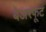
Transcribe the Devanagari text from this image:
बेअरफूट